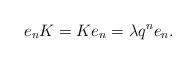
LaTeX: \begin{align*} e_nK=Ke_n=\lambda q^{n}e_n .\end{align*}